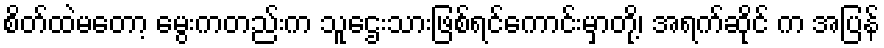
စိတ်ထဲမတော့ မွေးကတည်းက သူဌေးသားဖြစ်ရင်ကောင်းမှာတို့၊ အရက်ဆိုင် က အပြန်